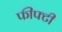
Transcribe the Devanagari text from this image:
फीफ्टी